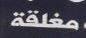
مغاقة